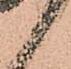
候